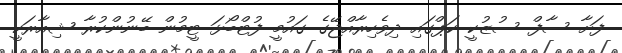
ފަށާ ސާފް ސުޒުކީ ކަޕްގައި ދިވެހިރާއްޖޭގެ ގައުމީ ފުޓްބޯޅަ ޓީމުން ބޭނުންކުރާ ޝިއާރަކީ